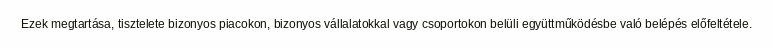
Ezek megtartása, tisztelete bizonyos piacokon, bizonyos vállalatokkal vagy csoportokon belüli együttműködésbe való belépés előfeltétele.